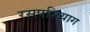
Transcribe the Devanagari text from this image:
रसपरित्याग